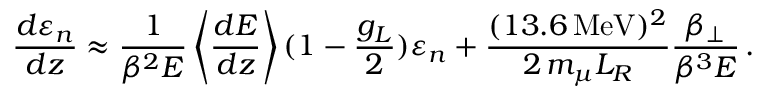
\frac { d \varepsilon _ { n } } { d z } \approx \frac { 1 } { \beta ^ { 2 } E } \left< \frac { d E } { d z } \right> ( 1 - \frac { g _ { L } } { 2 } ) \varepsilon _ { n } + \frac { ( 1 3 . 6 \, \mathrm { { M e V } } ) ^ { 2 } } { 2 \, m _ { \mu } L _ { R } } \frac { \beta _ { \perp } } { \beta ^ { 3 } E } \, .